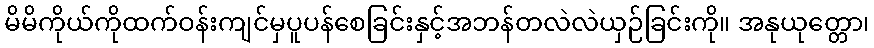
မိမိကိုယ်ကိုထက်ဝန်းကျင်မှပူပန်စေခြင်းနှင့်အဘန်တလဲလဲယှဉ်ခြင်းကို။ အနုယုတ္တော၊